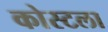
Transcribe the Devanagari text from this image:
कोस्टला